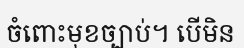
ចំពោះមុខច្បាប់។ បើមិន